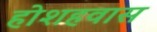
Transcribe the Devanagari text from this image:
होशहवास